Civil Veterinary Dept. Bombay admin report 1893-99 - 1893-1899
Year: 1893
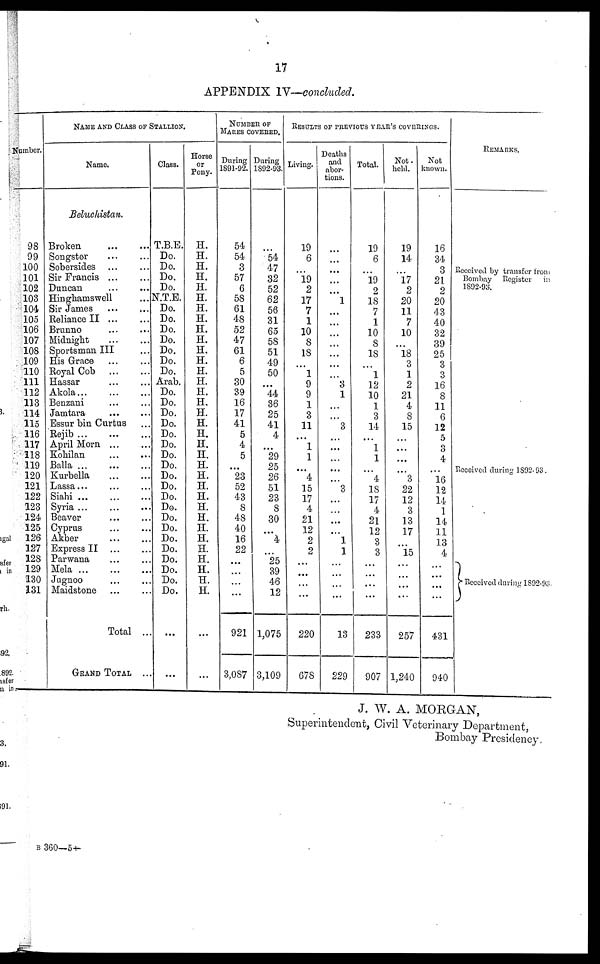
17
APPENDIX IV—concluded.
Number.
98
99
100
101
102
103
104
105
106
107
108
109
110
111
112
113
114
115
116
117
118
119
120
121
122
123
124
125
126
127
128
129
130
131
NAME AND CLASS OF STALLION.
Name.
Beluchistan.
Broken ... ...
Songster ... ...
Sobersides ... ...
Sir Francis ... ...
Duncan ... ...
Hinghamswell ...
Sir James
...
...
Reliance II ... ...
Brunno ... ...
Midnight
...
...
Sportsman III ...
His Grace ... ...
Royal Cob
...
...
Hassar ... ...
Akola...
...
...
Benzani ... ...
Jamtara ... ...
Essur bin Curtus ...
Rejib... ... ...
April Morn ... ...
Kohilan ... ...
Balla...
...
...
Kurbella
...
...
Lassa... ... ...
Siahi ... ... ...
Syria ... ... ...
Beaver ... ...
Cyprus ... ...
Akber
...
...
Express II ... ...
Parwana ... ...
Mela
...
...
...
Jugnoo ... ...
Maidstone ... ...
Total ...
GRAND TOTAL ...
Class.
T.B.E.
Do.
Do.
Do.
Do.
N.T.E.
Do.
Do.
Do.
Do.
Do.
Do.
Do.
Arab.
Do.
Do.
Do.
Do.
Do.
Do.
Do.
Do.
Do.
Do.
Do.
Do.
Do.
Do.
Do.
Do.
Do.
Do.
Do.
Do.
...
...
Horse
or
Pony.
H.
H.
H.
H.
H.
H.
II.
H.
H.
H.
H.
H.
H.
H.
II.
H.
H.
H.
H.
H.
H.
H.
H.
H.
H.
H.
H.
H.
H.
H.
H.
H.
H.
H.
...
NUMBER OF
MARES COVERED.
During
1891-92.
54
54
3
57
6
58
61
48
52
47
61
6
5
30
39
16
17
41
5
4
5
... 23
52
43
8
48
40
16
22
...
...
...
...
921
3,087
During
1892-93.
...
54
47
32
52
62
56
31
65
58
51
49
50
...
44
36
25
41
4
...
29
25
26
51
23
8
30
...
4
...
25
39
46
12
1,075
3,109
RESULTS OF PREVIOUS YEAR'S COVERINGS
Living.
19
6
...
19
2
17
7
1
10
8
18
...
1
9
9
1
3
11
...
1
1
... 4
15
17
4
21
12
2
2
...
...
...
...
220
678
Deaths
and
abor-
tions.
...
...
...
...
...
1
...
...
...
...
...
...
...
3
1
...
...
3
...
...
...
...
...
3
...
...
...
...
1
1
...
...
...
...
13
229
Total.
19
6
...
19
2
18
7
1
10
8
18
...
1
12
10
1
3
14
...
1
1
...
4
18
17
4
21
12
3
3
...
...
...
...
233
907
Not.
held.
19
14
...
17
2
20
11
7
10
...
18
3
1
2
21
4
8
15
...
...
...
...
3
22
12
3
13
17
...
15
...
...
...
...
257
1,240
Not
known.
16
34
3
21
2
20
43
40
32
39
25
3
3
16
8
11
6
12
5
3
4
...
16
12
14
1
14
11
13
4
...
...
...
...
431
940
REMARKS.
Received by transfer from
Bombay Register
in
1892-93.
Received during 1892-93.
Received during 1892-93.
J. W. A. MORGAN,
Superintendent, Civil Veterinary Department,
Bombay Presidency,
B 360—5